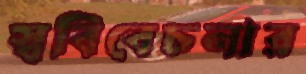
স্ববিবেচনার